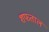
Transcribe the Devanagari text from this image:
शफताल